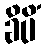
ခိပိံ